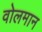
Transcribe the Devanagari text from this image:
वोलमान